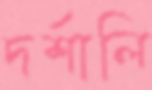
দর্শালি